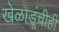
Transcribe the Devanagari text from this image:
खेळाडूंचीही